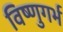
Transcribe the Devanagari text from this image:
विष्णुगर्भ